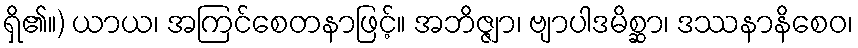
ရှိ၏။) ယာယ၊ အကြင်စေတနာဖြင့်။ အဘိဇ္ဇျာ၊ ဗျာပါဒမိစ္ဆာ၊ ဒဿနာနိစေဝ၊